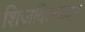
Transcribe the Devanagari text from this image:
शिजविल्यावर